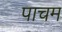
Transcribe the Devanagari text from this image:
पाचम